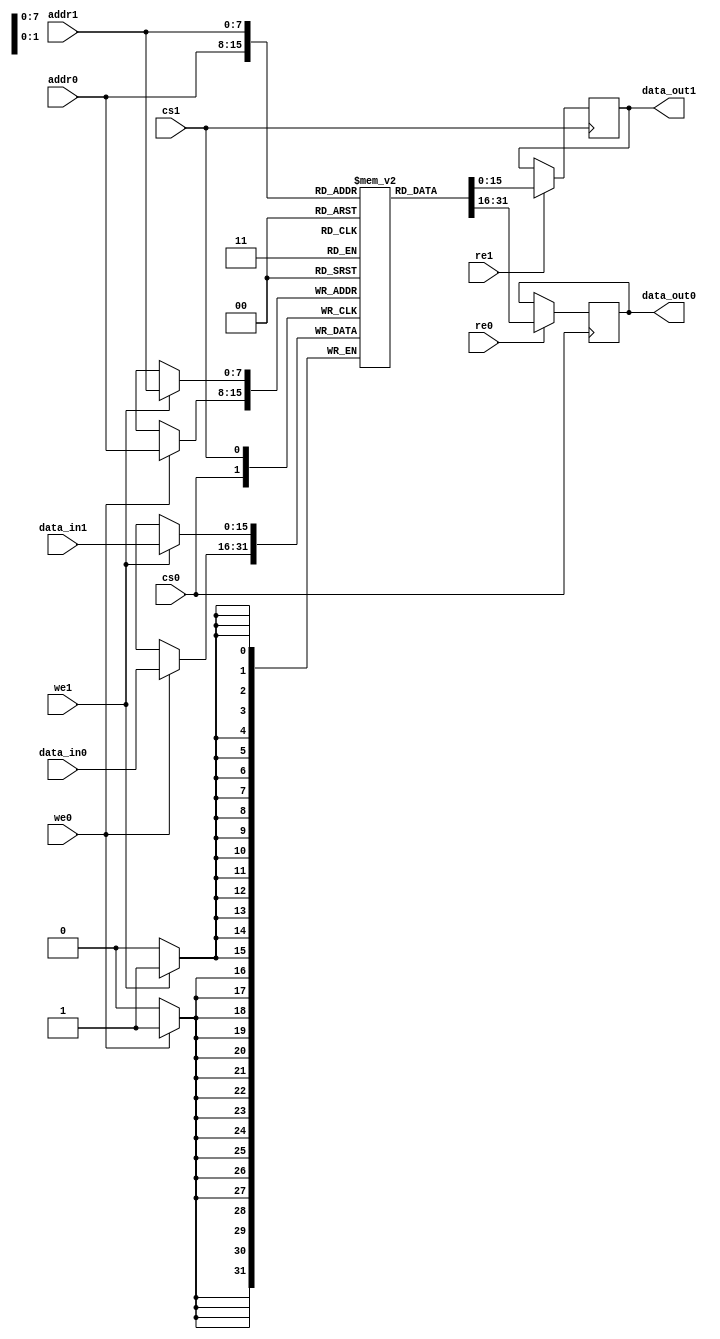
module MPSRAM #(
    parameter ADDR_WIDTH = 8,  // Address width
    parameter DATA_WIDTH = 16,  // Data width
    parameter DEPTH = 256        // Depth of the memory array
)(
    // Port 0 Interface
    input  wire [ADDR_WIDTH-1:0] addr0,
    input  wire [DATA_WIDTH-1:0] data_in0,
    output reg  [DATA_WIDTH-1:0] data_out0,
    input  wire we0,             // Write Enable for Port 0
    input  wire re0,             // Read Enable for Port 0
    input  wire cs0,             // Chip Select for Port 0

    // Port 1 Interface
    input  wire [ADDR_WIDTH-1:0] addr1,
    input  wire [DATA_WIDTH-1:0] data_in1,
    output reg  [DATA_WIDTH-1:0] data_out1,
    input  wire we1,             // Write Enable for Port 1
    input  wire re1,             // Read Enable for Port 1
    input  wire cs1              // Chip Select for Port 1
);

    // Memory array declaration
    reg [DATA_WIDTH-1:0] mem_array [0:DEPTH-1];

    // Port 0 Control Logic
    always @(posedge cs0) begin
        if (we0) begin
            mem_array[addr0] <= data_in0; // Write operation
        end
        if (re0) begin
            data_out0 <= mem_array[addr0]; // Read operation
        end
    end

    // Port 1 Control Logic
    always @(posedge cs1) begin
        if (we1) begin
            mem_array[addr1] <= data_in1; // Write operation
        end
        if (re1) begin
            data_out1 <= mem_array[addr1]; // Read operation
        end
    end

    // Optional: Initialization and configuration logic can be added here

endmodule